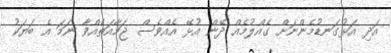
އަދި އަޅުގަނޑުމެންނަށް ގެއްލުމެއް ދޭން އުޅޭ އެއްވެސް ޖަމާއަތެއްވާ ނަމަ އެ ބަޔަކު